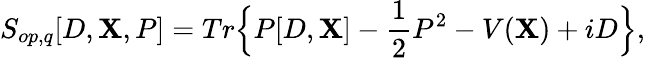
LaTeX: S_{op,q}[D,\mathbf{X},P]=Tr\Big\{ P[D,\mathbf{X}]-\frac{{1}}{{2}}P^{2}-V(\mathbf{X})+iD\Big\} ,